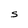
Character: S